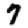
Digit: 7